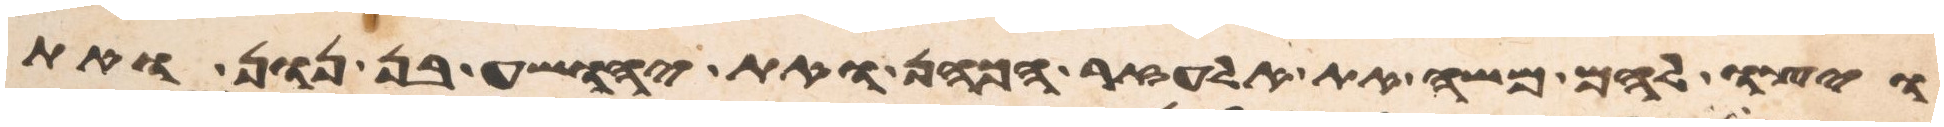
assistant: ויצו להם משה את אלעזר הכהן ואת יהושע בן נון ואת